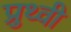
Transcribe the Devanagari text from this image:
प्रुथ्वी